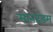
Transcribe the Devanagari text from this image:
मानदंडम्